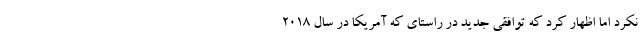
نکرد اما اظهار کرد که توافقی جدید در راستای که آمریکا در سال ۲۰۱۸